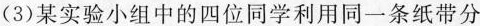
(3)某实验小组中的四位同学利用同一条纸带分